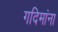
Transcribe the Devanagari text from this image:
गदिमांना